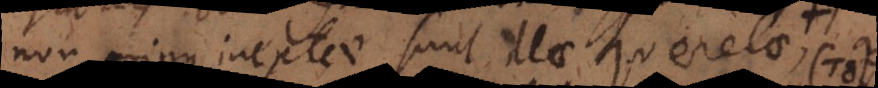
non minus ineptae sunt illae querelae